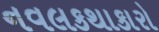
નવલકથાકારો